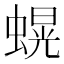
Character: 𮔫